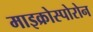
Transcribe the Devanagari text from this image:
माइक्रोस्पोरोन